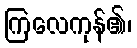
ကြလေကုန်၏၊